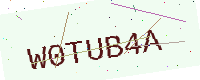
Text: W0TUB4A